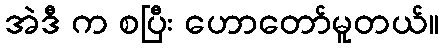
အဲဒီ က စပြီး ဟောတော်မူတယ်။